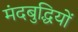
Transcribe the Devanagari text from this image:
मंदबुद्धियों